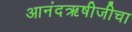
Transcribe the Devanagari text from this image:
आनंदऋषीजीचा